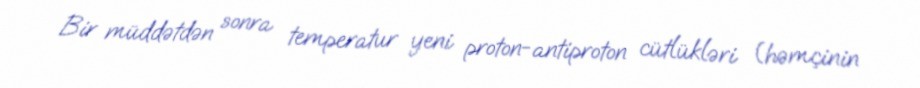
Bir müddətdən sonra temperatur yeni proton-antiproton cütlükləri (həmçinin